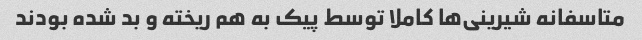
متاسفانه شیرینی‌ها کاملا توسط پیک به هم ریخته و بد شده بودند